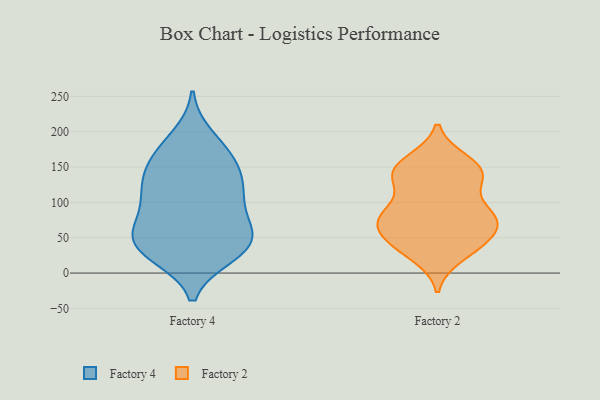
{"axis": {"x": "Temperature (°C)", "y": "Value"}, "legend": ["Factory 2", "Factory 4"], "data": [{"x": "", "y": 110, "type": "Factory 4"}, {"x": "", "y": 115, "type": "Factory 4"}, {"x": "", "y": 41, "type": "Factory 4"}, {"x": "", "y": 52, "type": "Factory 4"}, {"x": "", "y": 35, "type": "Factory 4"}, {"x": "", "y": 155, "type": "Factory 4"}, {"x": "", "y": 169, "type": "Factory 4"}, {"x": "", "y": 108, "type": "Factory 4"}, {"x": "", "y": 168, "type": "Factory 4"}, {"x": "", "y": 132, "type": "Factory 4"}, {"x": "", "y": 26, "type": "Factory 4"}, {"x": "", "y": 80, "type": "Factory 4"}, {"x": "", "y": 68, "type": "Factory 4"}, {"x": "", "y": 41, "type": "Factory 4"}, {"x": "", "y": 134, "type": "Factory 4"}, {"x": "", "y": 58, "type": "Factory 4"}, {"x": "", "y": 192, "type": "Factory 4"}, {"x": "", "y": 28, "type": "Factory 4"}, {"x": "", "y": 142, "type": "Factory 2"}, {"x": "", "y": 88, "type": "Factory 2"}, {"x": "", "y": 72, "type": "Factory 2"}, {"x": "", "y": 78, "type": "Factory 2"}, {"x": "", "y": 74, "type": "Factory 2"}, {"x": "", "y": 142, "type": "Factory 2"}, {"x": "", "y": 78, "type": "Factory 2"}, {"x": "", "y": 83, "type": "Factory 2"}, {"x": "", "y": 138, "type": "Factory 2"}, {"x": "", "y": 139, "type": "Factory 2"}, {"x": "", "y": 25, "type": "Factory 2"}, {"x": "", "y": 158, "type": "Factory 2"}, {"x": "", "y": 42, "type": "Factory 2"}, {"x": "", "y": 127, "type": "Factory 2"}, {"x": "", "y": 37, "type": "Factory 2"}, {"x": "", "y": 75, "type": "Factory 2"}, {"x": "", "y": 40, "type": "Factory 2"}, {"x": "", "y": 155, "type": "Factory 2"}, {"x": "", "y": 51, "type": "Factory 2"}]}